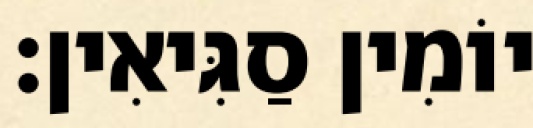
יוֹמִין סַגִּיאִין׃